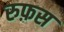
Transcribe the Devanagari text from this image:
रुफ़स